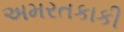
અમરતકાકી